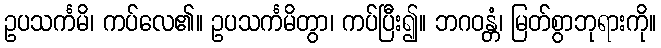
ဥပသင်္ကမိ၊ ကပ်လေ၏။ ဥပသင်္ကမိတွာ၊ ကပ်ပြီး၍။ ဘဂဝန္တံ၊ မြတ်စွာဘုရားကို။